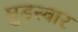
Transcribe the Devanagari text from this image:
घुड़स्वार